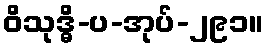
ဝိသုဒ္ဓိ-ပ-အုပ်-၂၉၁။